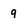
Character: 9